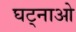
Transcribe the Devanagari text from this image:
घट्नाओ